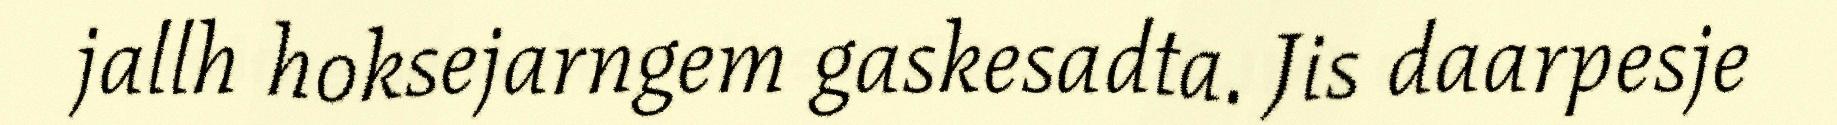
jallh hoksejarngem gaskesadta. Jis daarpesje